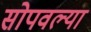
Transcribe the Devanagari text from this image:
सोपवल्या